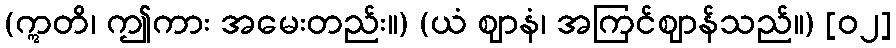
(ဣတိ၊ ဤကား အမေးတည်း။) (ယံ ဈာနံ၊ အကြင်ဈာန်သည်။) [၀၂]